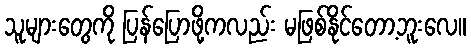
သူများတွေကို ပြန်ပြောဖို့ကလည်း မဖြစ်နိုင်တော့ဘူးလေ။